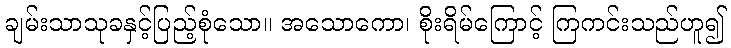
ချမ်းသာသုခနှင့်ပြည့်စုံသော။ အသောကော၊ စိုးရိမ်ကြောင့် ကြကင်းသည်ဟူ၍